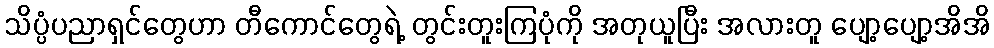
သိပ္ပံပညာရှင်တွေဟာ တီကောင်တွေရဲ့ တွင်းတူးကြပုံကို အတုယူပြီး အလားတူ ပျော့ပျော့အိအိ